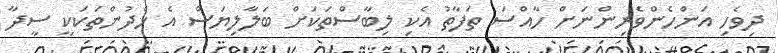
ދިވެހި އަންހެންވެރިންނަށް ހާއްސަ ތަފާތު އެކި ލިބާސްތަކަށް ބަލާލިޔަސް އެ ހެދުންތަކަކީ ސީދާ